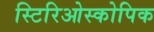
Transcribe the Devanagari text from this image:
स्टिरिओस्कोपिक